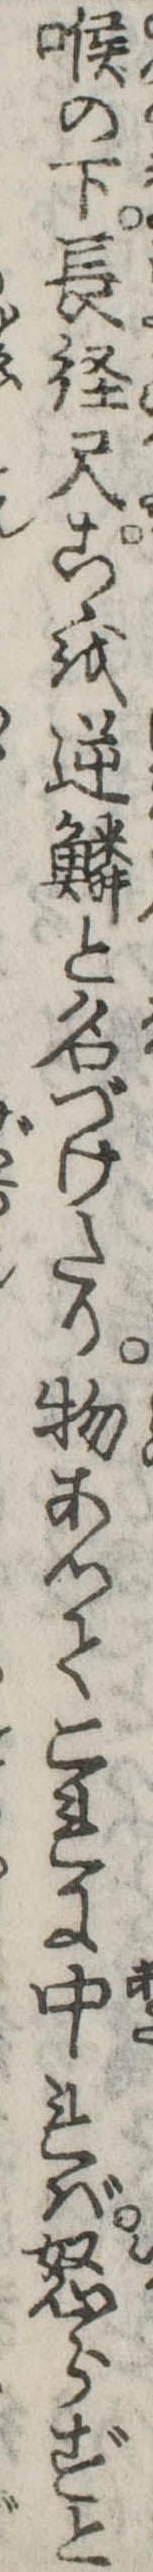
喉の下長径尺こゝを逆鱗と名づけたり物あつてこれに中れば怒らずと